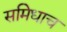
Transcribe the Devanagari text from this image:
समिधाच